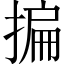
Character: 揙